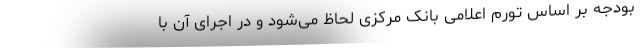
بودجه بر اساس تورم اعلامی بانک مرکزی لحاظ می‌شود و در اجرای آن با